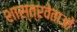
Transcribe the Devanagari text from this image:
शास्त्रवेताओं